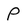
Character: P